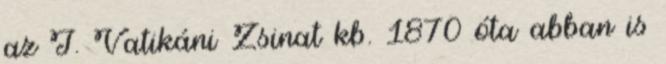
az I. Vatikáni Zsinat kb. 1870 óta abban is